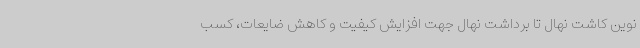
نوین کاشت نهال تا برداشت نهال جهت افزایش کیفیت و کاهش ضایعات، کسب